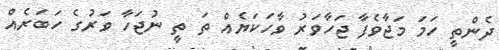
ދެންތީ ހަމަ މަޖާވެފާ ޖަހާވަރު ވާހަކަޔެއް ތަ ތީ ނުޖަހާ ވަރުގެ ހަބަރެއް